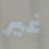
غير